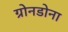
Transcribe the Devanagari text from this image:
ग्रोनडोना